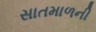
સાતમાળની